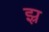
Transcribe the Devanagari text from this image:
झ्र